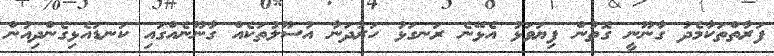
ފަރާތްތަކާމެދު ގާނޫނީ ގޮތުން ފިޔަވަޅު އެޅޭނެ ރަނގަޅު ހަރުދަނާ އުސޫލުތަކެއް ގާނޫނެއްގައި ކަނޑައެޅިގެންދިއުން